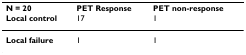
<table><thead><tr><td><b>N = 20</b></td><td><b>PET Response</b></td><td><b>PET non-response</b></td></tr><tr><td><b>Local control</b></td><td><b>17</b></td><td><b>1</b></td></tr></thead><tbody><tr><td><b>Local failure</b></td><td>1</td><td>1</td></tr></tbody></table>